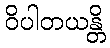
ဝိပါတယန္တိ